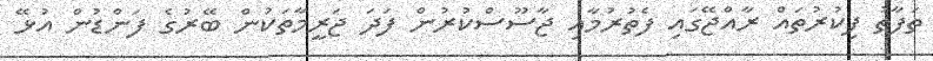
ތަފާތު ފިކުރުތައް ރާއްޖޭގައި ފެތުރުމާއި ޖާސޫސްކުރުން ފަދަ ޖަރީމާތަކުން ބޭރުގެ ފަންޑުން އުޅޭ